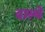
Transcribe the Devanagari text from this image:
दास्ये